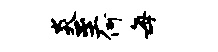
炎至何每